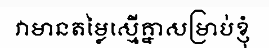
វាមានតម្លៃស្មើគ្នាសម្រាប់ខ្ញុំ